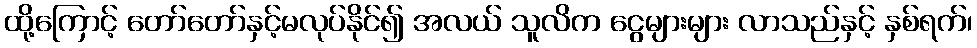
ထို့ကြောင့် တော်တော်နှင့်မလုပ်နိုင်၍ အလယ် သူလိက ငွေများများ လာသည်နှင့် နှစ်ရက်၊